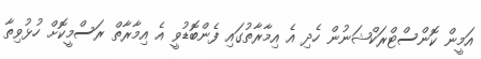
އަމީން ކޮންސްޓްރަކްޝަނުން ހެދި އެ އިމާރާތުގައި ފެންބޮޑުވީ އެ އިމާރާތް ރަސްމީކޮށް ހުޅުވިތާ